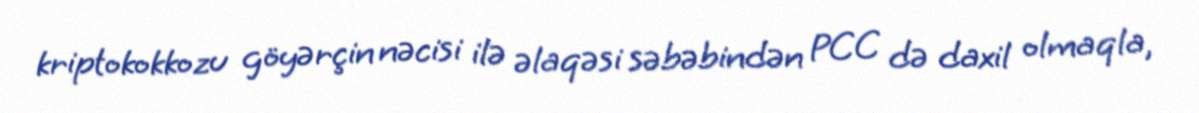
kriptokokkozu göyərçin nəcisi ilə əlaqəsi səbəbindən PCC də daxil olmaqla,